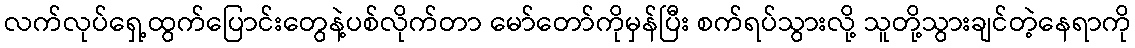
လက်လုပ်ရှေ့ထွက်ပြောင်းတွေနဲ့ပစ်လိုက်တာ မော်တော်ကိုမှန်ပြီး စက်ရပ်သွားလို့ သူတို့သွားချင်တဲ့နေရာကို